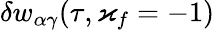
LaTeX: \delta w_{\alpha\gamma}(\tau,\varkappa_{f}=-1)